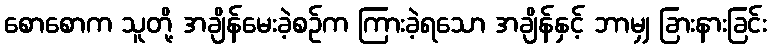
စောစောက သူတို့ အချိန်မေးခဲ့စဉ်က ကြားခဲ့ရသော အချိန်နှင့် ဘာမျှ ခြားနားခြင်း